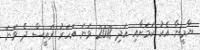
ޔާމީނާ އެކު ކަމަށާއި އަދި 2018 ވަނަ އަހަރު ރައީސް ދެ ވަނަ